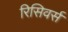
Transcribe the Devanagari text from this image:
रिसिवर्स